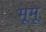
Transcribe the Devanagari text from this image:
मूमू